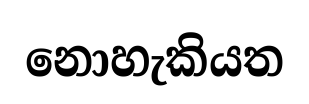
නොහැකියත